Indian journal of veterinary science and animal husbandry - Volumes 18-21, 1948-1951
Year: 1948
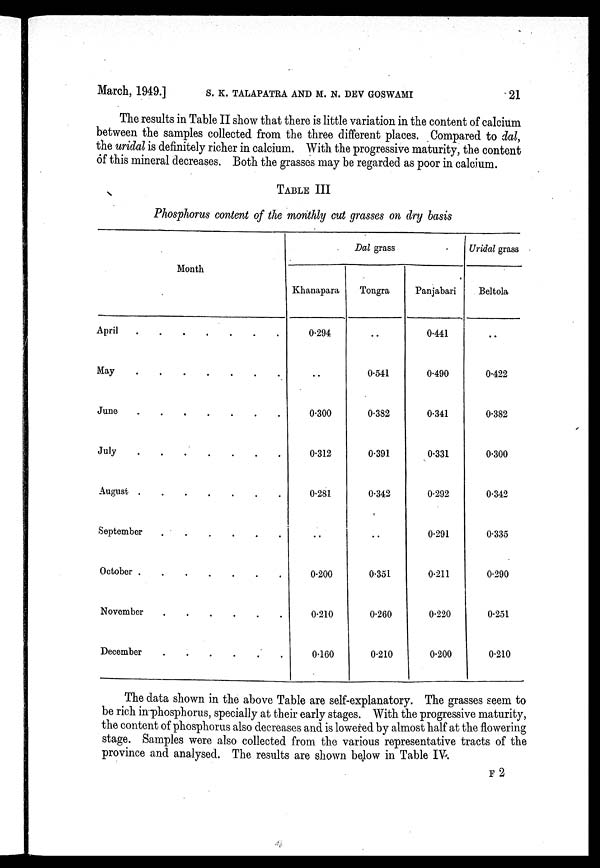
March, 1949.] S. K. TALAPATRA AND M. N. DEV GOSWAMI 21
The results in Table II show that there is little variation in the content of calcium
between the samples collected from the three different places. Compared to dal,
the uridal is definitely richer in calcium. With the progressive maturity, the content
of this mineral decreases. Both the grasses may be regarded as poor in calcium.
TABLE III
Phosphorus content of the monthly cut grasses on dry basis
Month
April . . . . . . .
May . . . . . . .
June . . . . . . .
July . . . . . . .
August . . . . . . .
September . . . . . . .
October . . . . . . .
November . . . . . . .
December . . . . . . .
Dal grass
Khanapara
0.294
..
0.300
0.312
0.281
..
0.200
0.210
0.160
Tongra
..
0.541
0.382
0.391
0.342
..
0.351
0.260
0.210
Panjabari
0.441
0.490
0.341
0.331
0.292
0.291
0.211
0.220
0.200
Uridal grass
Beltola
..
0.422
0.382
0.300
0.342
0.335
0.290
0.251
0.210
The data shown in the above Table are self-explanatory. The grasses seem to
be rich in phosphorus, specially at their early stages. With the progressive maturity,
the content of phosphorus also decreases and is lowered by almost half at the flowering
stage. Samples were also collected from the various representative tracts of the
province and analysed. The results are shown below in Table IV.
F 2